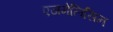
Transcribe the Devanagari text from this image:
एजमेलिसिन